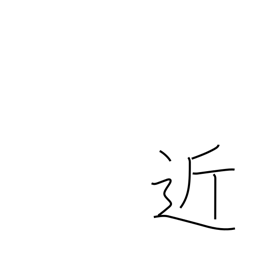
Meaning: tantamount